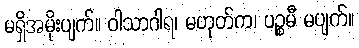
မရှိအမိုးပျက်။ ဝါသာဂါရ၊ မဟုတ်က၊ ပဉ္စမီ မပျက်။